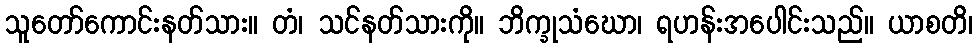
သူတော်ကောင်းနတ်သား။ တံ၊ သင်နတ်သားကို။ ဘိက္ခုသံဃော၊ ရဟန်းအပေါင်းသည်။ ယာစတိ၊